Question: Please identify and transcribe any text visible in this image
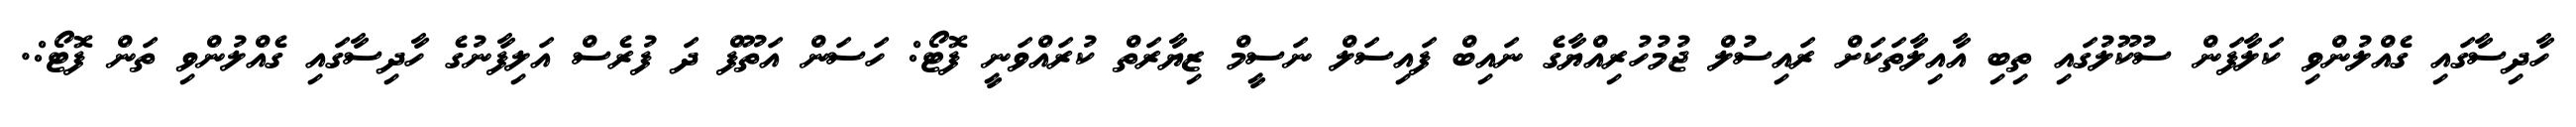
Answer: ހާދިސާގައި ގެއްލުންވި ކަލާފަން ސުކޫލުގައި ތިބި އާއިލާތަކަށް ރައިސުލް ޖުމުހުރިއްޔާގެ ނައިބް ފައިސަލް ނަސީމް ޒިޔާރަތް ކުރައްވަނީ ފޮޓޯ: ހަސަން އަތޫފް ދަ ފުރެސް އަލިފާނުގެ ހާދިސާގައި ގެއްލުންވި ތަން ފޮޓޯ:.